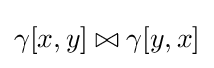
\gamma [x,y]\bowtie \gamma [y,x]